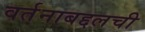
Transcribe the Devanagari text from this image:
वर्तनाबद्दलची